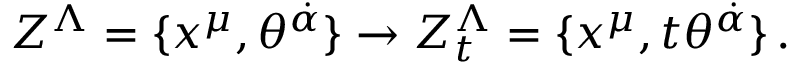
Z ^ { \Lambda } = \{ x ^ { \mu } , \theta ^ { \dot { \alpha } } \} \rightarrow Z _ { t } ^ { \Lambda } = \{ x ^ { \mu } , t \theta ^ { \dot { \alpha } } \} \, .